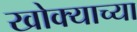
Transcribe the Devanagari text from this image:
खोक्याच्या